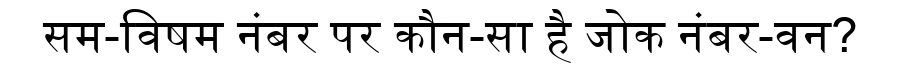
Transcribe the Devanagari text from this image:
सम-विषम नंबर पर कौन-सा है जोक नंबर-वन?